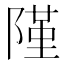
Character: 𨻜